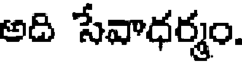
అది సేవాధర్మం.